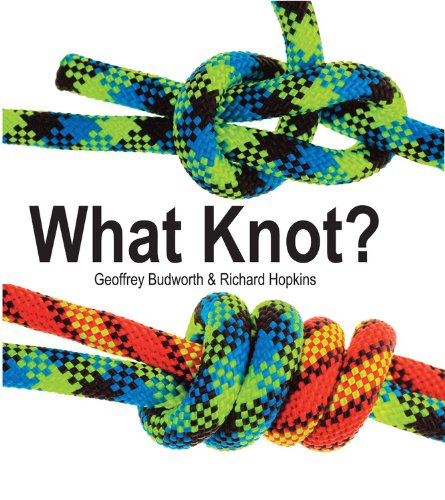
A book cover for What Knot? (Flexi cover series); Geoffrey Budworth; Crafts, Hobbies & Home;